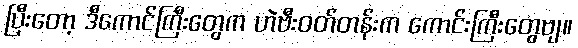
ပြီးတော့ ဒီကောင်ကြီးတွေက ဟဲဗီးဝတ်တန်းက ကောင်းကြီးတွေဗျ။